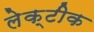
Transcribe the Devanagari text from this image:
लेक्टीक